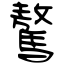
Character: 驁